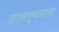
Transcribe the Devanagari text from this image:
ज्ञानलुब्धस्तथा